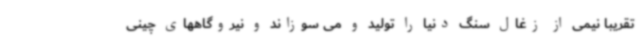
تقریبا نیمی از زغال سنگ دنیا را تولید و می سوزاند و نیروگاههای چینی